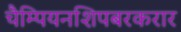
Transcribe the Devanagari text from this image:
चैम्पियनशिपबरकरार